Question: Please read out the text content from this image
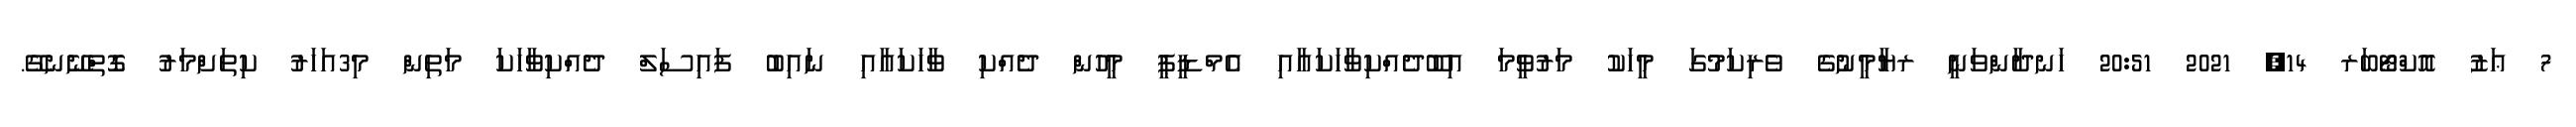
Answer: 7 ޢަޒު އޮކްޓޯބަރ 14, 2021 20:51 ހަނދާންވަނީ ރޔާމީނުގެ ވެރިކަމުގަ މީހަކު މަރުވީމަ އިބޫދެއްކިވާހަކައާއި އެމްޑީޕީ މީހުން ދެއްކި ވާހަކައާއި ނައިބު ފައިސަލް ދެއްކިވާހަކަ މަތިން މި3އަހަރު ކިތަށްމަރު ގޮތްނޭނގޭ.